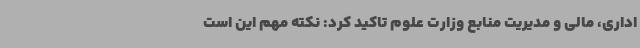
اداری، مالی و مدیریت منابع وزارت علوم تاکید کرد: نکته مهم این است